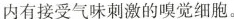
内有接受气味刺激的嗅觉细胞。